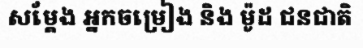
សម្តែង អ្នកចម្រៀង និង ម៉ូដ ជនជាតិ